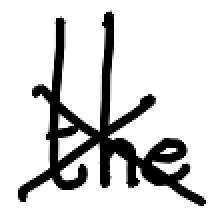
Text: the
Cross-out: cross
Writing tool: digital_black